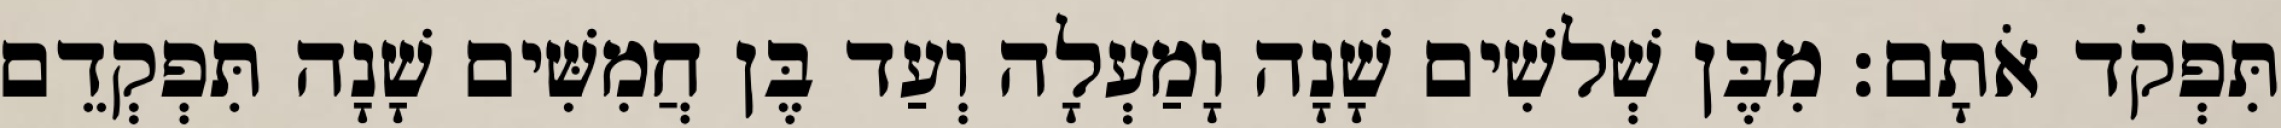
תִּפְקֹד אֹתָם׃ מִבֶּן שְׁלשִׁים שָׁנָה וָמַעְלָה וְעַד בֶּן חֲמִשִּׁים שָׁנָה תִּפְקְדֵם